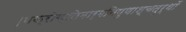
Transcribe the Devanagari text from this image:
।वक्रोक्तिमार्गनिपुणाश्चतुर्थों